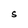
Character: S